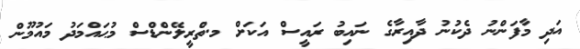
އަދި މާފަންނު ދެކުނު ދާއިރާގެ ނައިބު ރައީސް އަކަށް މ.ތްރީލޭންޑްސް މުޙައްމަދު މައުމޫން